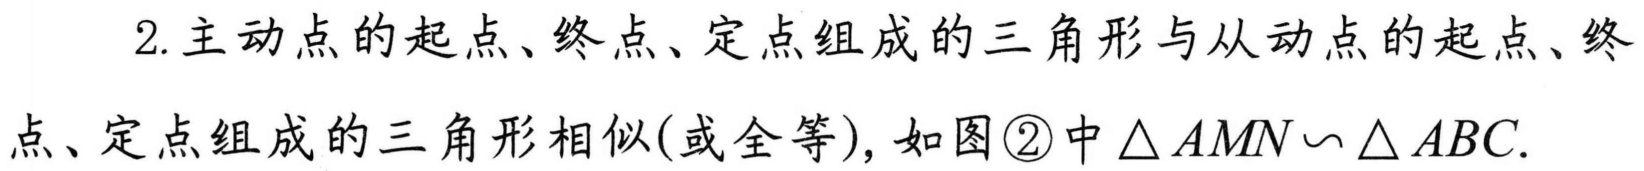
2. 主动点的起点、终点、定点组成的三角形与从动点的起点、终
点、定点组成的三角形相似(或全等), 如图\textcircled{2}中\(\triangle AMN\backsim\triangle ABC\).